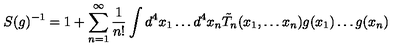
S ( g ) ^ { - 1 } = 1 + \sum _ { n = 1 } ^ { \infty } \frac { 1 } { n ! } \int d ^ { 4 } x _ { 1 } \ldots d ^ { 4 } x _ { n } \tilde { T } _ { n } ( x _ { 1 } , \ldots x _ { n } ) g ( x _ { 1 } ) \ldots g ( x _ { n } )